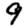
Digit: 9